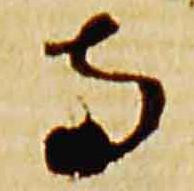
寺